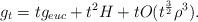
LaTeX: \begin{align*}&g_{t}=tg_{euc}+t^{2}H+tO(t^{\frac{3}{2}}\rho^{3}).\end{align*}